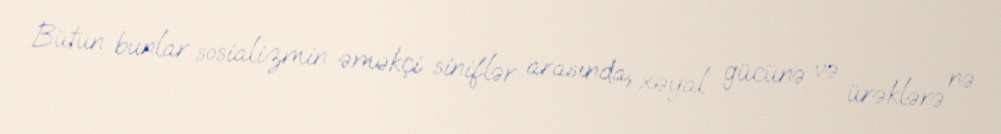
Bütün bunlar sosializmin əməkçi siniflər arasında, xəyal gücünə və ürəklərə nə